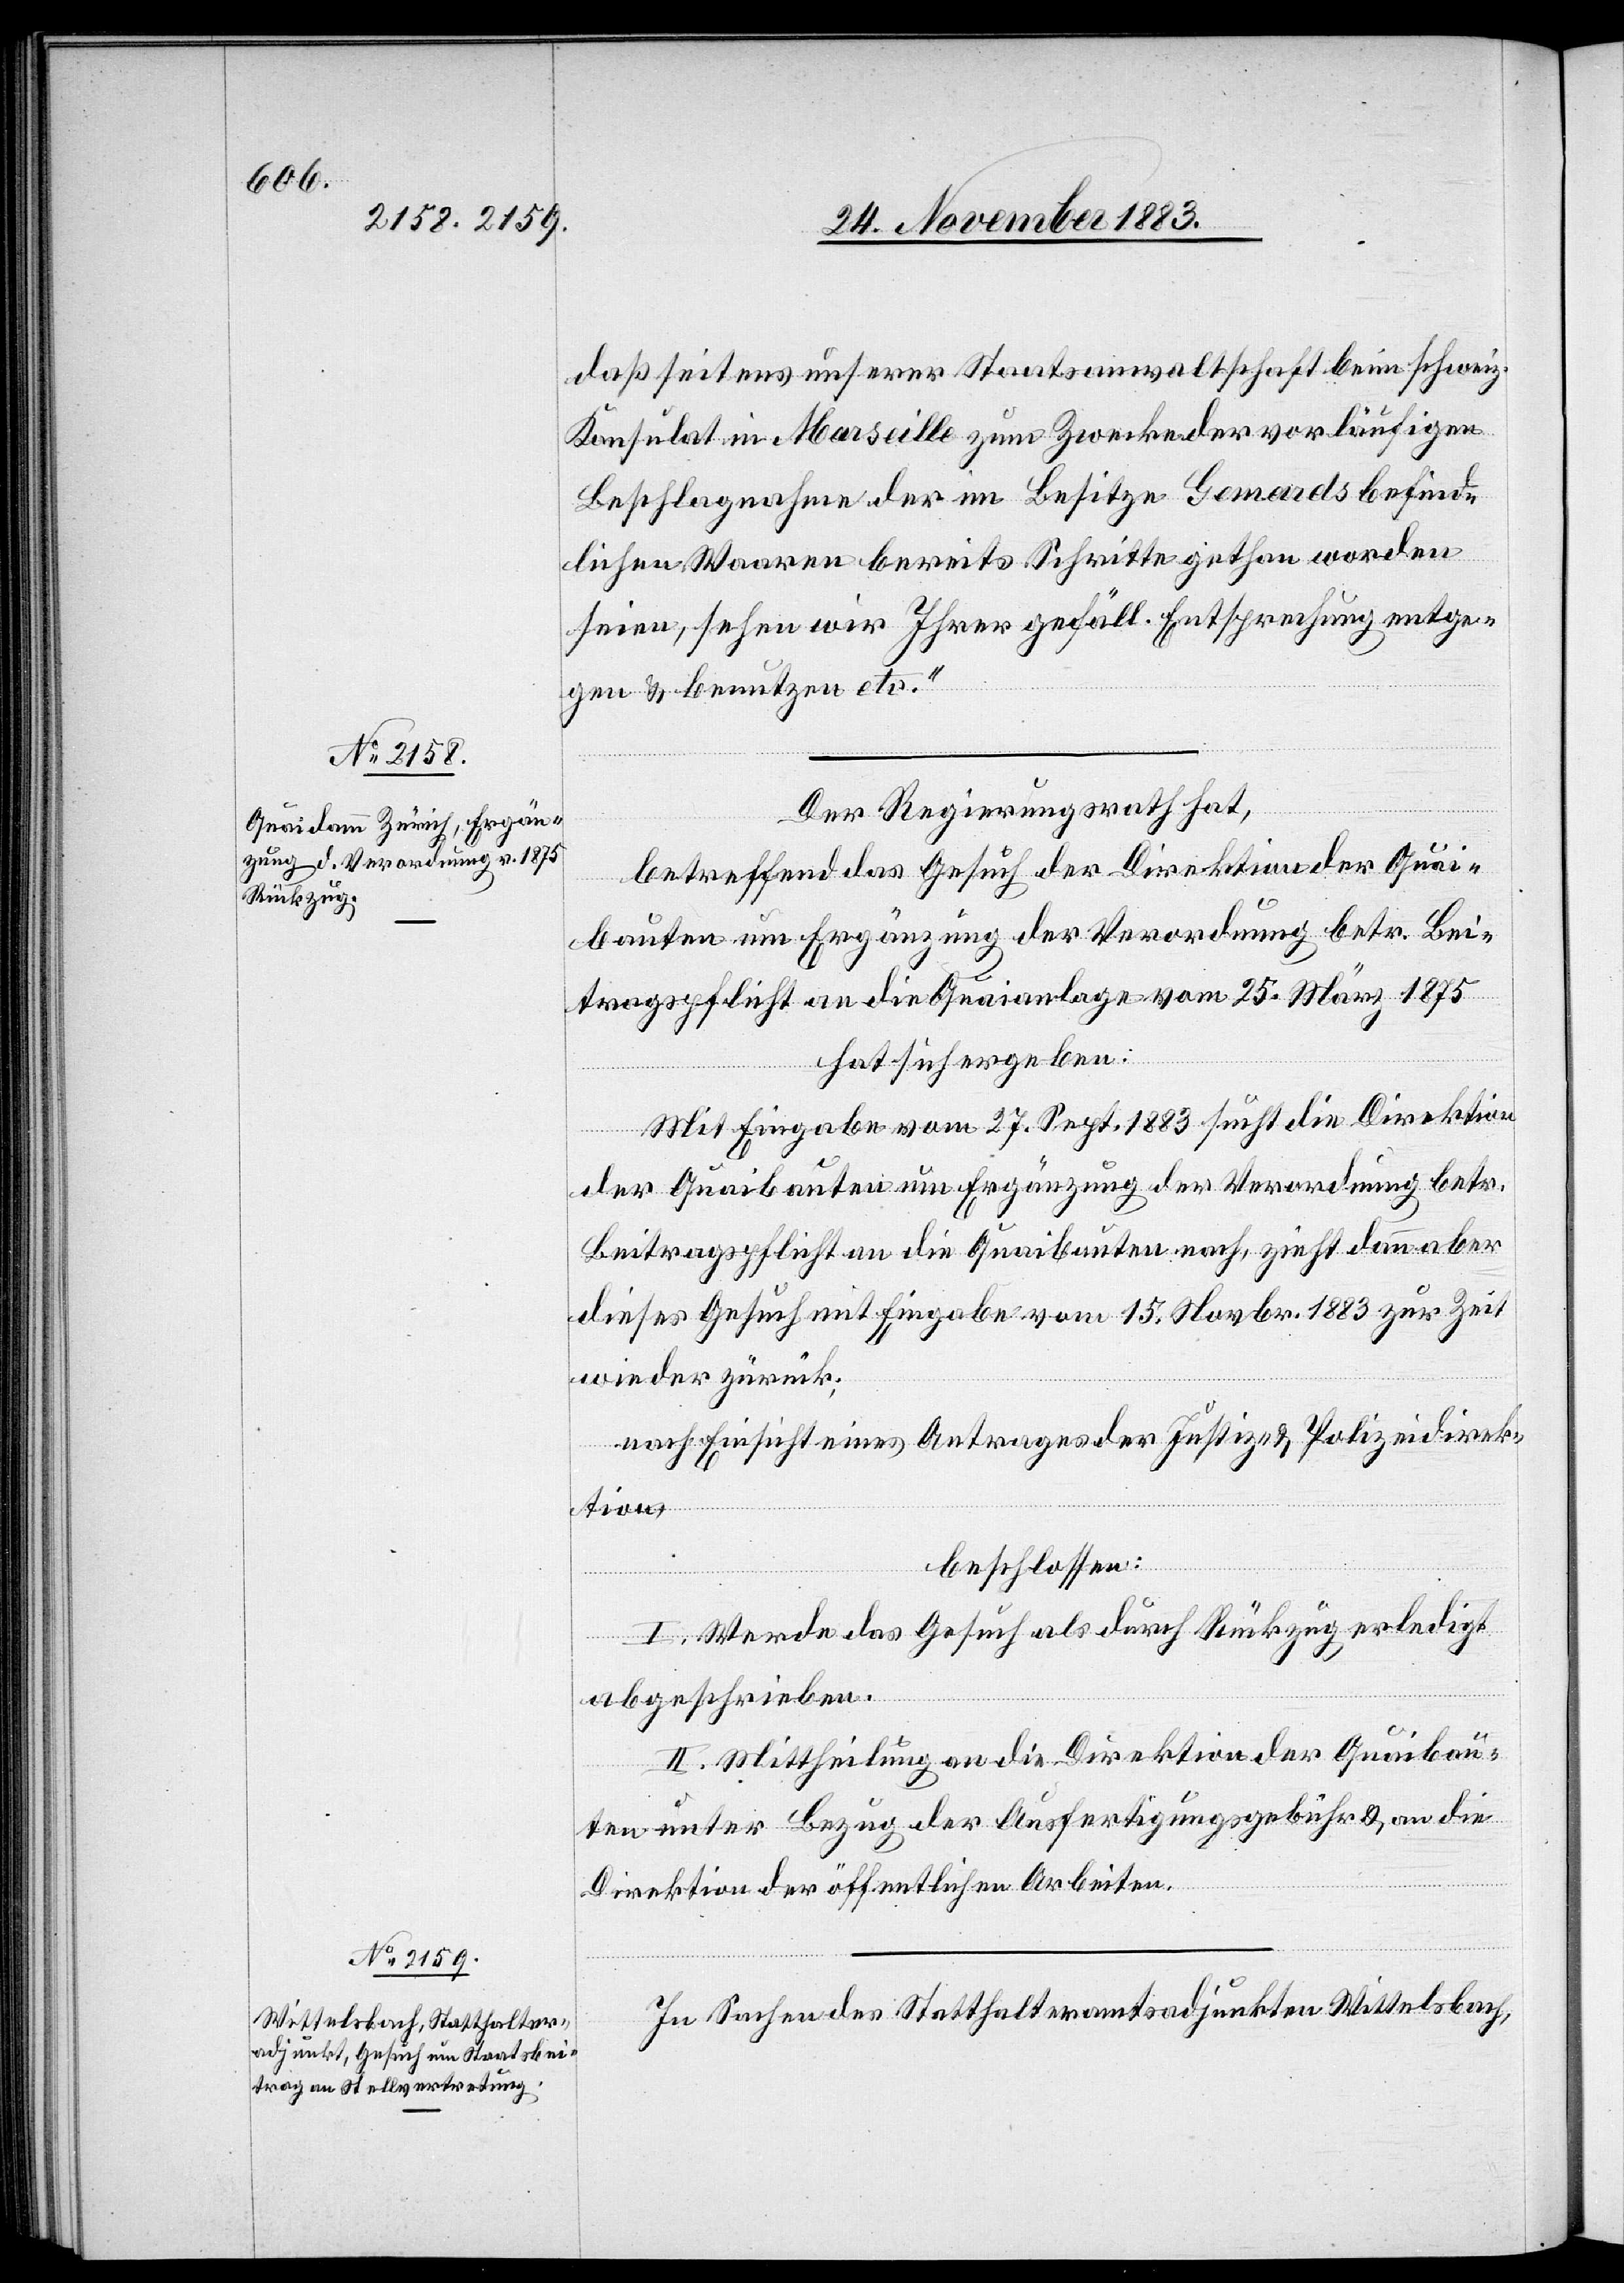
daß seitens unserer Staatsanwaltschaft beim schweiz.
Konsulat in Marseille zum Zwecke der vorläufigen
Beschlagnahme der im Besitze Gemards befind¬
lichen Waaren bereits Schritte gethan worden
seien, sehen wir Ihrer gefäll. Entsprechung entge¬
gen & benutzen etc.“
Der Regierungsrath hat,
betreffend das Gesuch der Direktion der Quai¬
bauten um Ergänzung der Verordnung betr. Bei¬
tragspflicht an die Quaianlage vom 25. März 1875
hat sich ergeben:
Mit Eingabe vom 27. Sept. 1883 sucht die Direktion
der Quaibauten um Ergänzung der Verordnung betr.
Beitragspflicht an die Quaibauten nach, zieht dann aber
dieses Gesuch mit Eingabe vom 15. Novbr. 1883 zur Zeit
wieder zurück;
nach Einsicht eines Antrages der Justiz- & Polizeidirek¬
tion,
beschlossen:
I. Werde das Gesuch als durch Rückzug erledigt
abgeschrieben.
II. Mittheilung an die Direktion der Quaibau¬
ten unter Bezug der Ausfertigungsgebühr & an die
Direktion der öffentlichen Arbeiten.
In Sachen des Statthalteramtsadjunkten Wittelsbach,